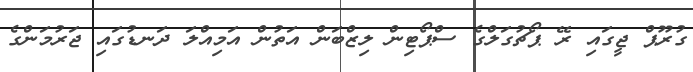
ގުރޫޕް ޖީގައި ރޭ ޕޯޗުގަލްގެ ސްޕޯޓިން ލިޒްބަން އަތުން އަމިއްލަ ދަނޑުގައި ޖަރުމަންގެ